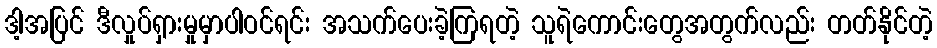
ဒါ့အပြင် ဒီလှုပ်ရှားမှုမှာပါဝင်ရင်း အသက်ပေးခဲ့ကြရတဲ့ သူရဲကောင်းတွေအတွက်လည်း တတ်နိုင်တဲ့